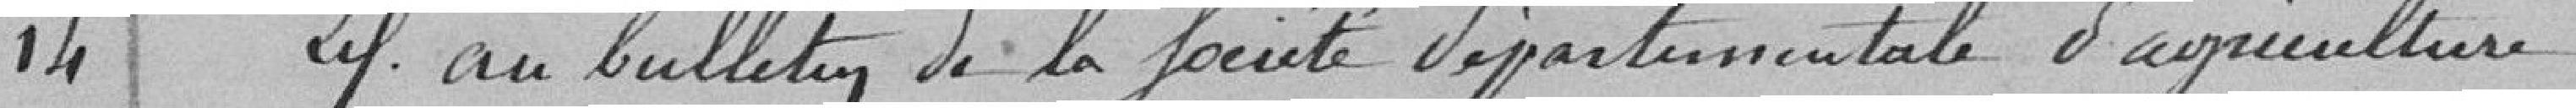
14 Abonnement au bulletin de la Société départementale d'agriculture